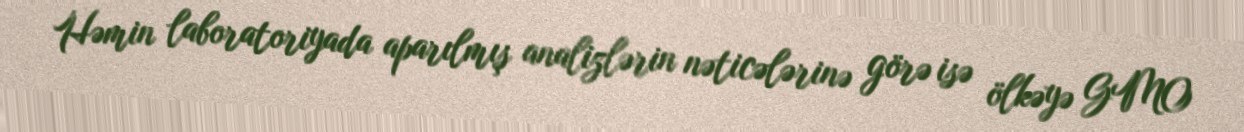
Həmin laboratoriyada aparılmış analizlərin nəticələrinə görə isə ölkəyə GMO